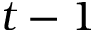
{ t - 1 }